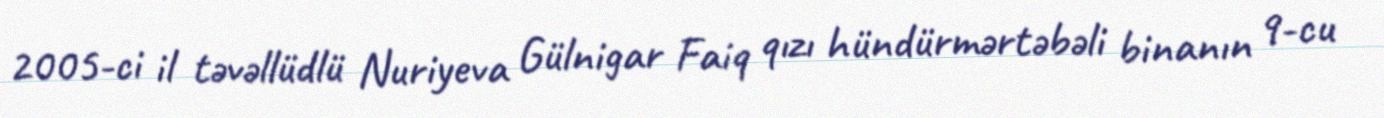
2005-ci il təvəllüdlü Nuriyeva Gülnigar Faiq qızı hündürmərtəbəli binanın 9-cu